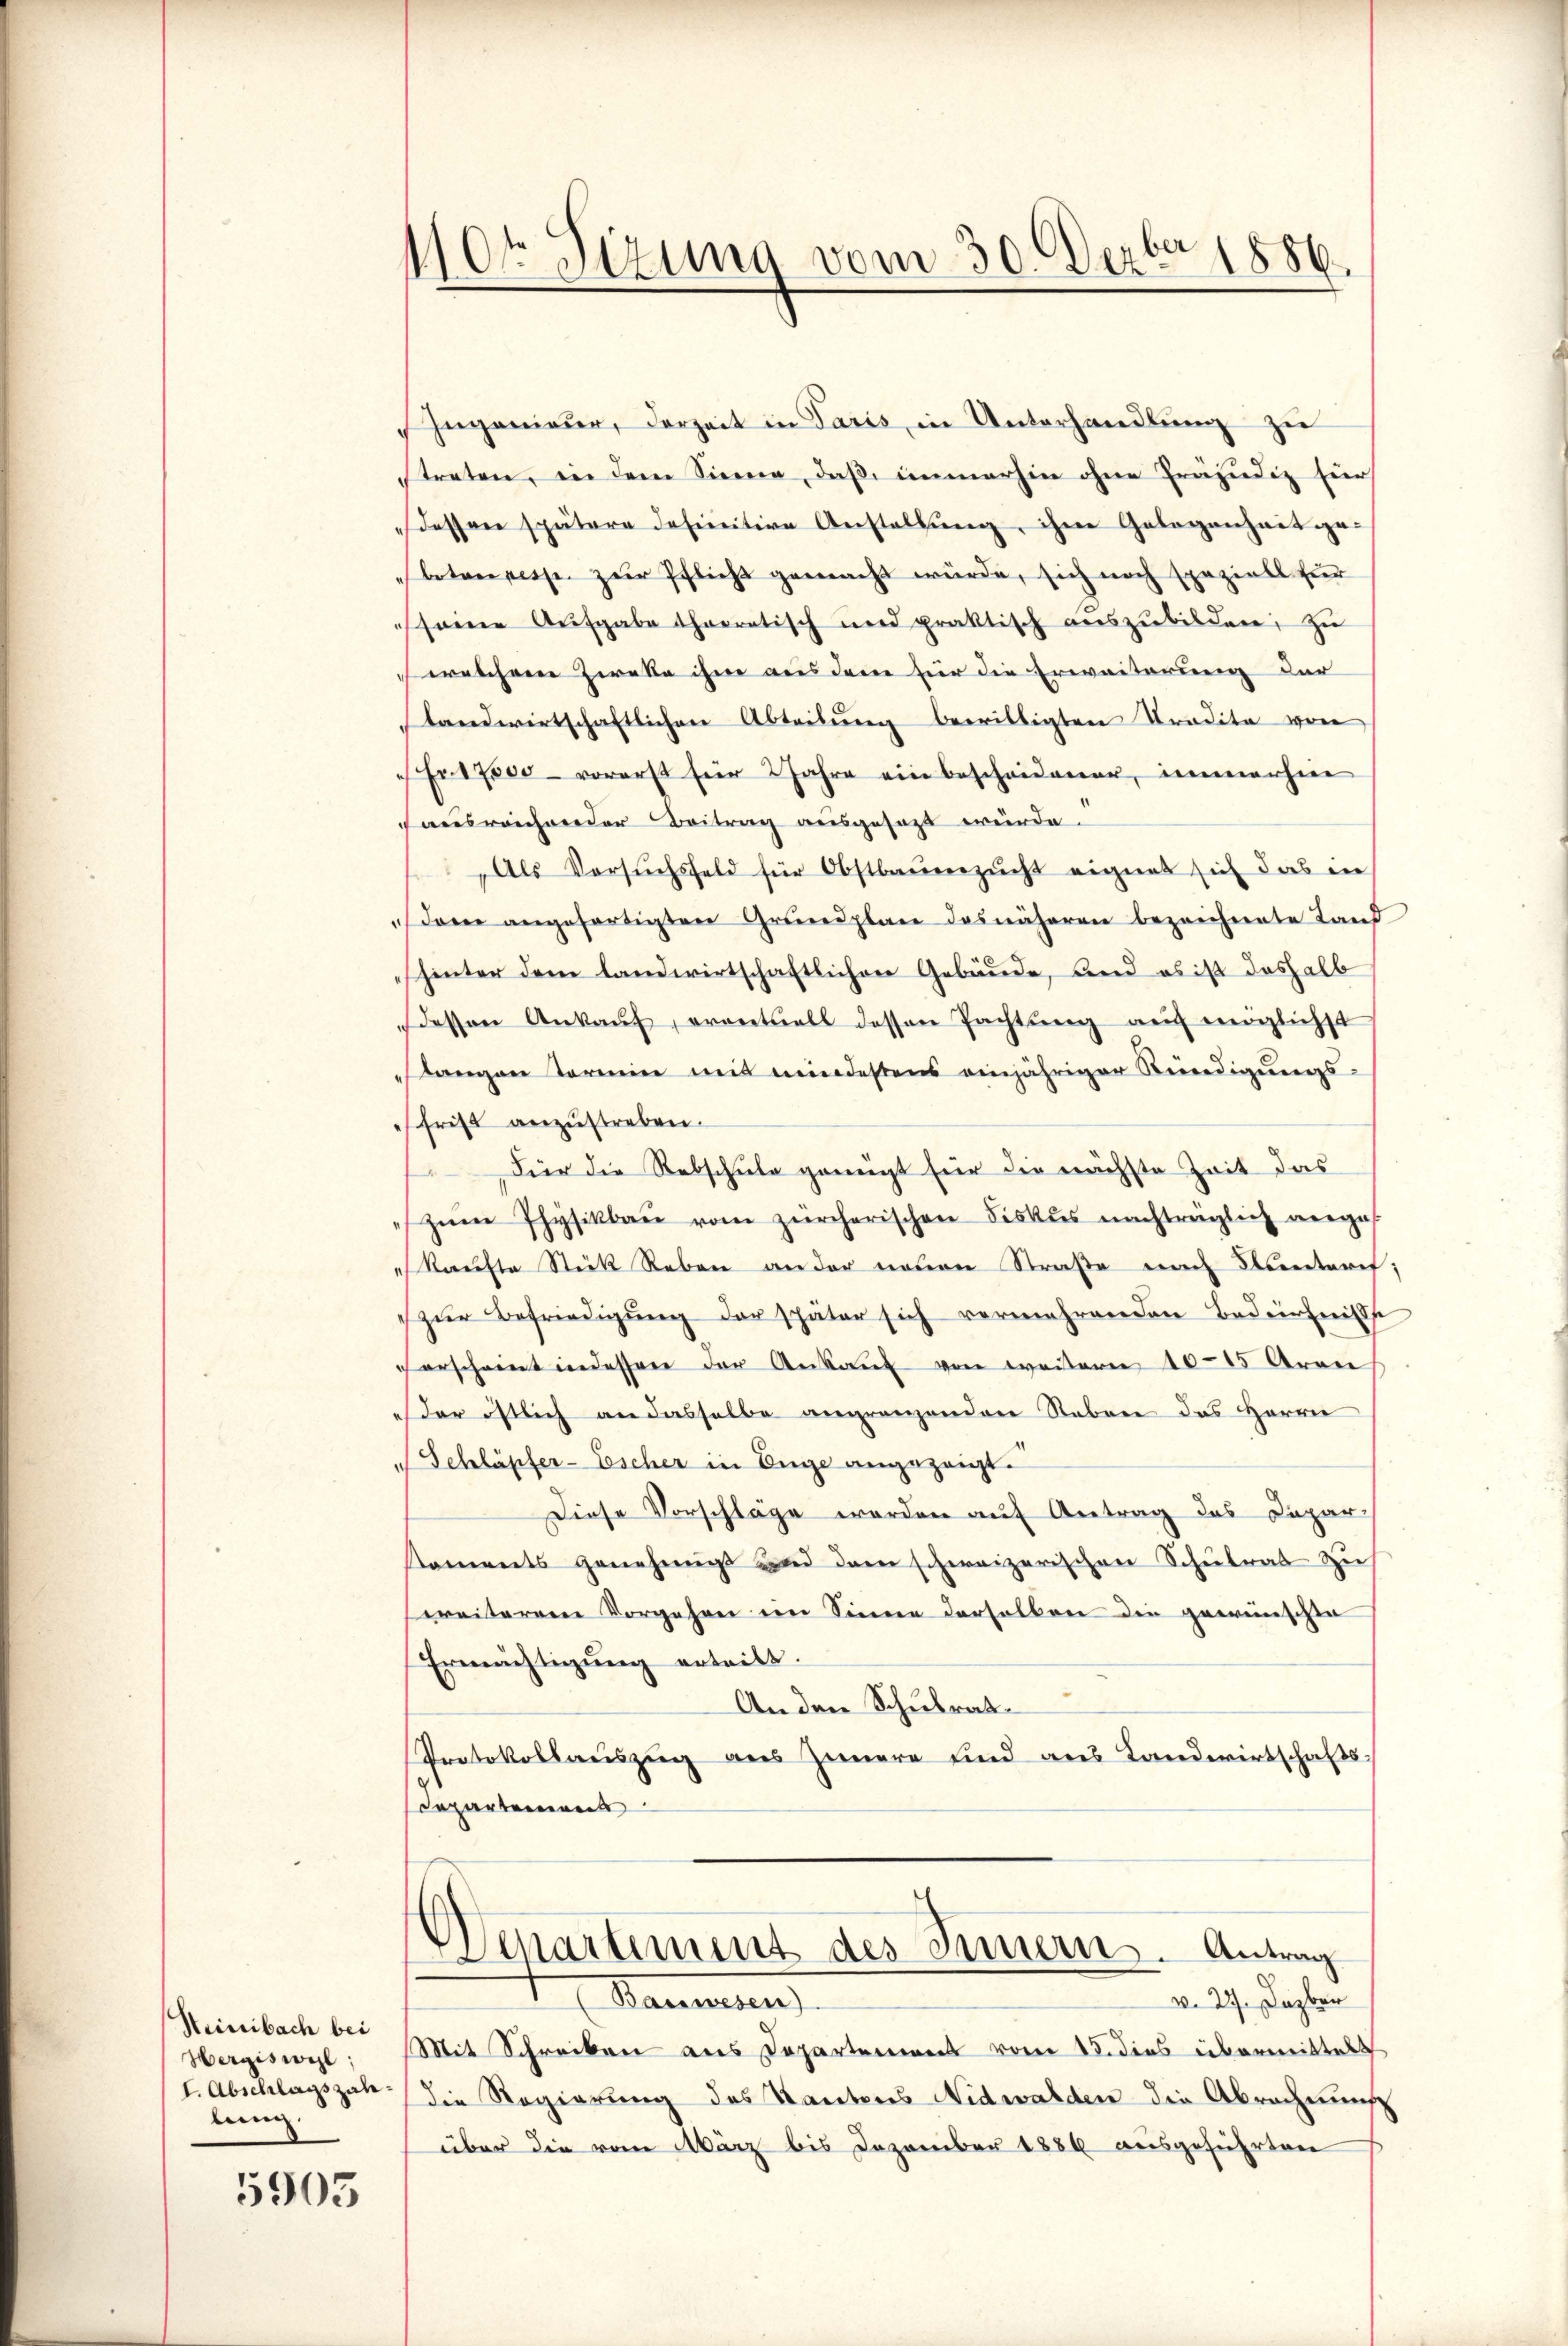
Heinibach bei
Hergiswil;
I. Abschlagszahlin

5903

110ten Sizung vom 30. Dezbr 1886.

Ingenieur, derzeit in Paris, in Unterhandlung zu
streten, in dem Sinne, daß immerhin ohne Präjudiz für
dessen spätere definitive Anstallŭng, ihre Gelegenheit ge-
boten pesse zur Pflicht gemacht würde, sich noch speziell für
seine Aufgabe thaeratisch und praktisch auszubilden, zu
welchem Zweke ihm aus dem für die Erweiterung der
landwirtschaftlichen Abteilŭng bewilligten Tradita von
Fr. 17000 vorerst für 2 Jahre ein bescheidener, immerhine
ausreichneider Beitrag ausgesezt wurde.
Als Versŭchsfeld für Obstbaŭenzŭcht eignet sich das in
dan angefertigten Grundplan des näheren bezeichnete Land
hinter dem landwirtschaftlichen Gebäude, und es ist deshalb
dessen Ankaŭf, eventuell dessen Pachtŭng auf möglichst
slangen Termin mit mindestens einjähriger Kündigŭngs-
frist anzustreben.
Für die Rebschule genügt für die nächste Zeit das
zŭm Physikbaŭ vom zürcherischen Fiskus nachträglich verges
Kaufte Stück Reben an der neuen Straße nach Unteret;
 zŭr Befriedigŭng der später sich vermehrenden Bedürfnisse
erscheint indessen der Ankaŭf von weitern 10–15 Aren
"der östlich an dasselbe angrenzenden Neben das Herrn
Schläpfer-Escher in Enge angezeigt.
Diese Vorschläge werden auf Antrag das Depar-
koments genehmigt und dem schweizerischen Schulrat zu
weiterem Vorgehen im Sinne derselben die gewünschte
Ermächtigung erteilt.
An den Schulrat
Protokollauszug aus Zimmere und aus Landwirtschaftsdepartement

Mit Schreiben aus Departement vom 15. dies übermittelt
die Regierung des Kantons Nidwalden die Abrechnung
über die vom März bis Dezember 1886 ausgeführten

Departement des Innern. Antrag
Baretten
v. 27. Dazber